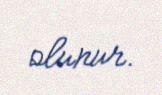
olunur.